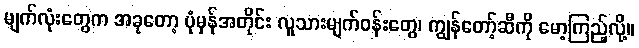
မျက်လုံးတွေက အခုတော့ ပုံမှန်အတိုင်း လူသားမျက်ဝန်းတွေ၊ ကျွန်တော့်ဆီကို မော့ကြည့်လို့။